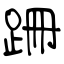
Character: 跚